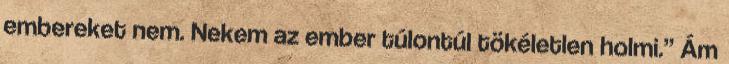
embereket nem. Nekem az ember túlontúl tökéletlen holmi.” Ám